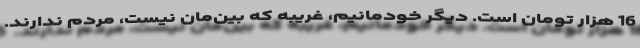
16 هزار تومان است. دیگر خودمانیم، غریبه که بین‌مان نیست، مردم ندارند.